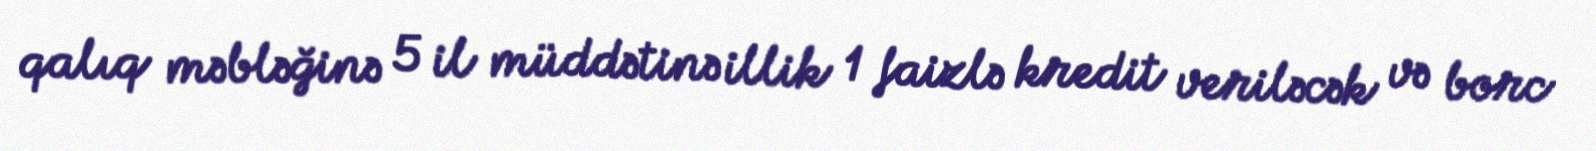
qalıq məbləğinə 5 il müddətinə illik 1 faizlə kredit veriləcək və borc